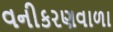
વનીકરણવાળા